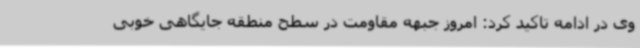
وی در ادامه تاکید کرد: امروز جبهه مقاومت در سطح منطقه جایگاهی خوبی